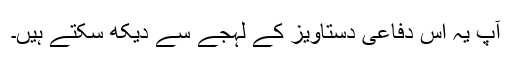
آپ یہ اس دفاعی دستاویز کے لہجے سے دیکھ سکتے ہیں۔